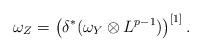
LaTeX: \begin{align*}\omega_Z=\left(\delta^{\ast}(\omega_Y \otimes L^{p-1})\right)^{[1]}.\end{align*}